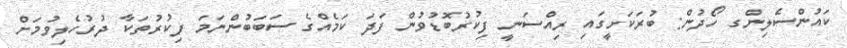
ކައުންސެލިންގ ހޯދުން: ބުރަކަށީގައި ރިއްސަނީ ފިކުރުބޮޑުވުން ފަދަ ކަމެއްގެ ސަބަބުންނަމަ ފިކުރުތަކާ ދުރުހެލިވުމަށް